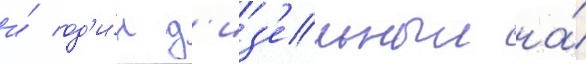
и́ од'и́н д'из'ельныи на́